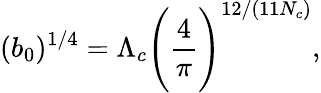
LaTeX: (b_{0})^{1/4}=\Lambda_{c}\Bigg(\frac{4}{\pi}\Bigg)^{12/(11N_{c})},